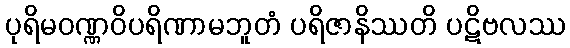
ပုရိမဝဏ္ဏဝိပရိဏာမဘူတံ ပရိဇာနိဿတိ ပဋိဗလဿ